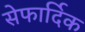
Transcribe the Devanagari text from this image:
सेफार्दिक